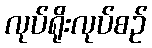
လုပ်ရိုးလုပ်စဉ်